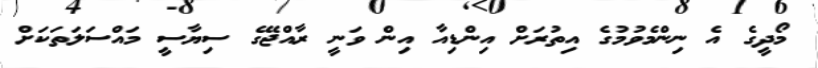
މޯދީގެ އެ ނިންމެވުމުގެ އިތުރަށް އިންޑިއާ އިން ވަނީ ރާއްޖޭގެ ސިޔާސީ މައްސަލަތަކަށް